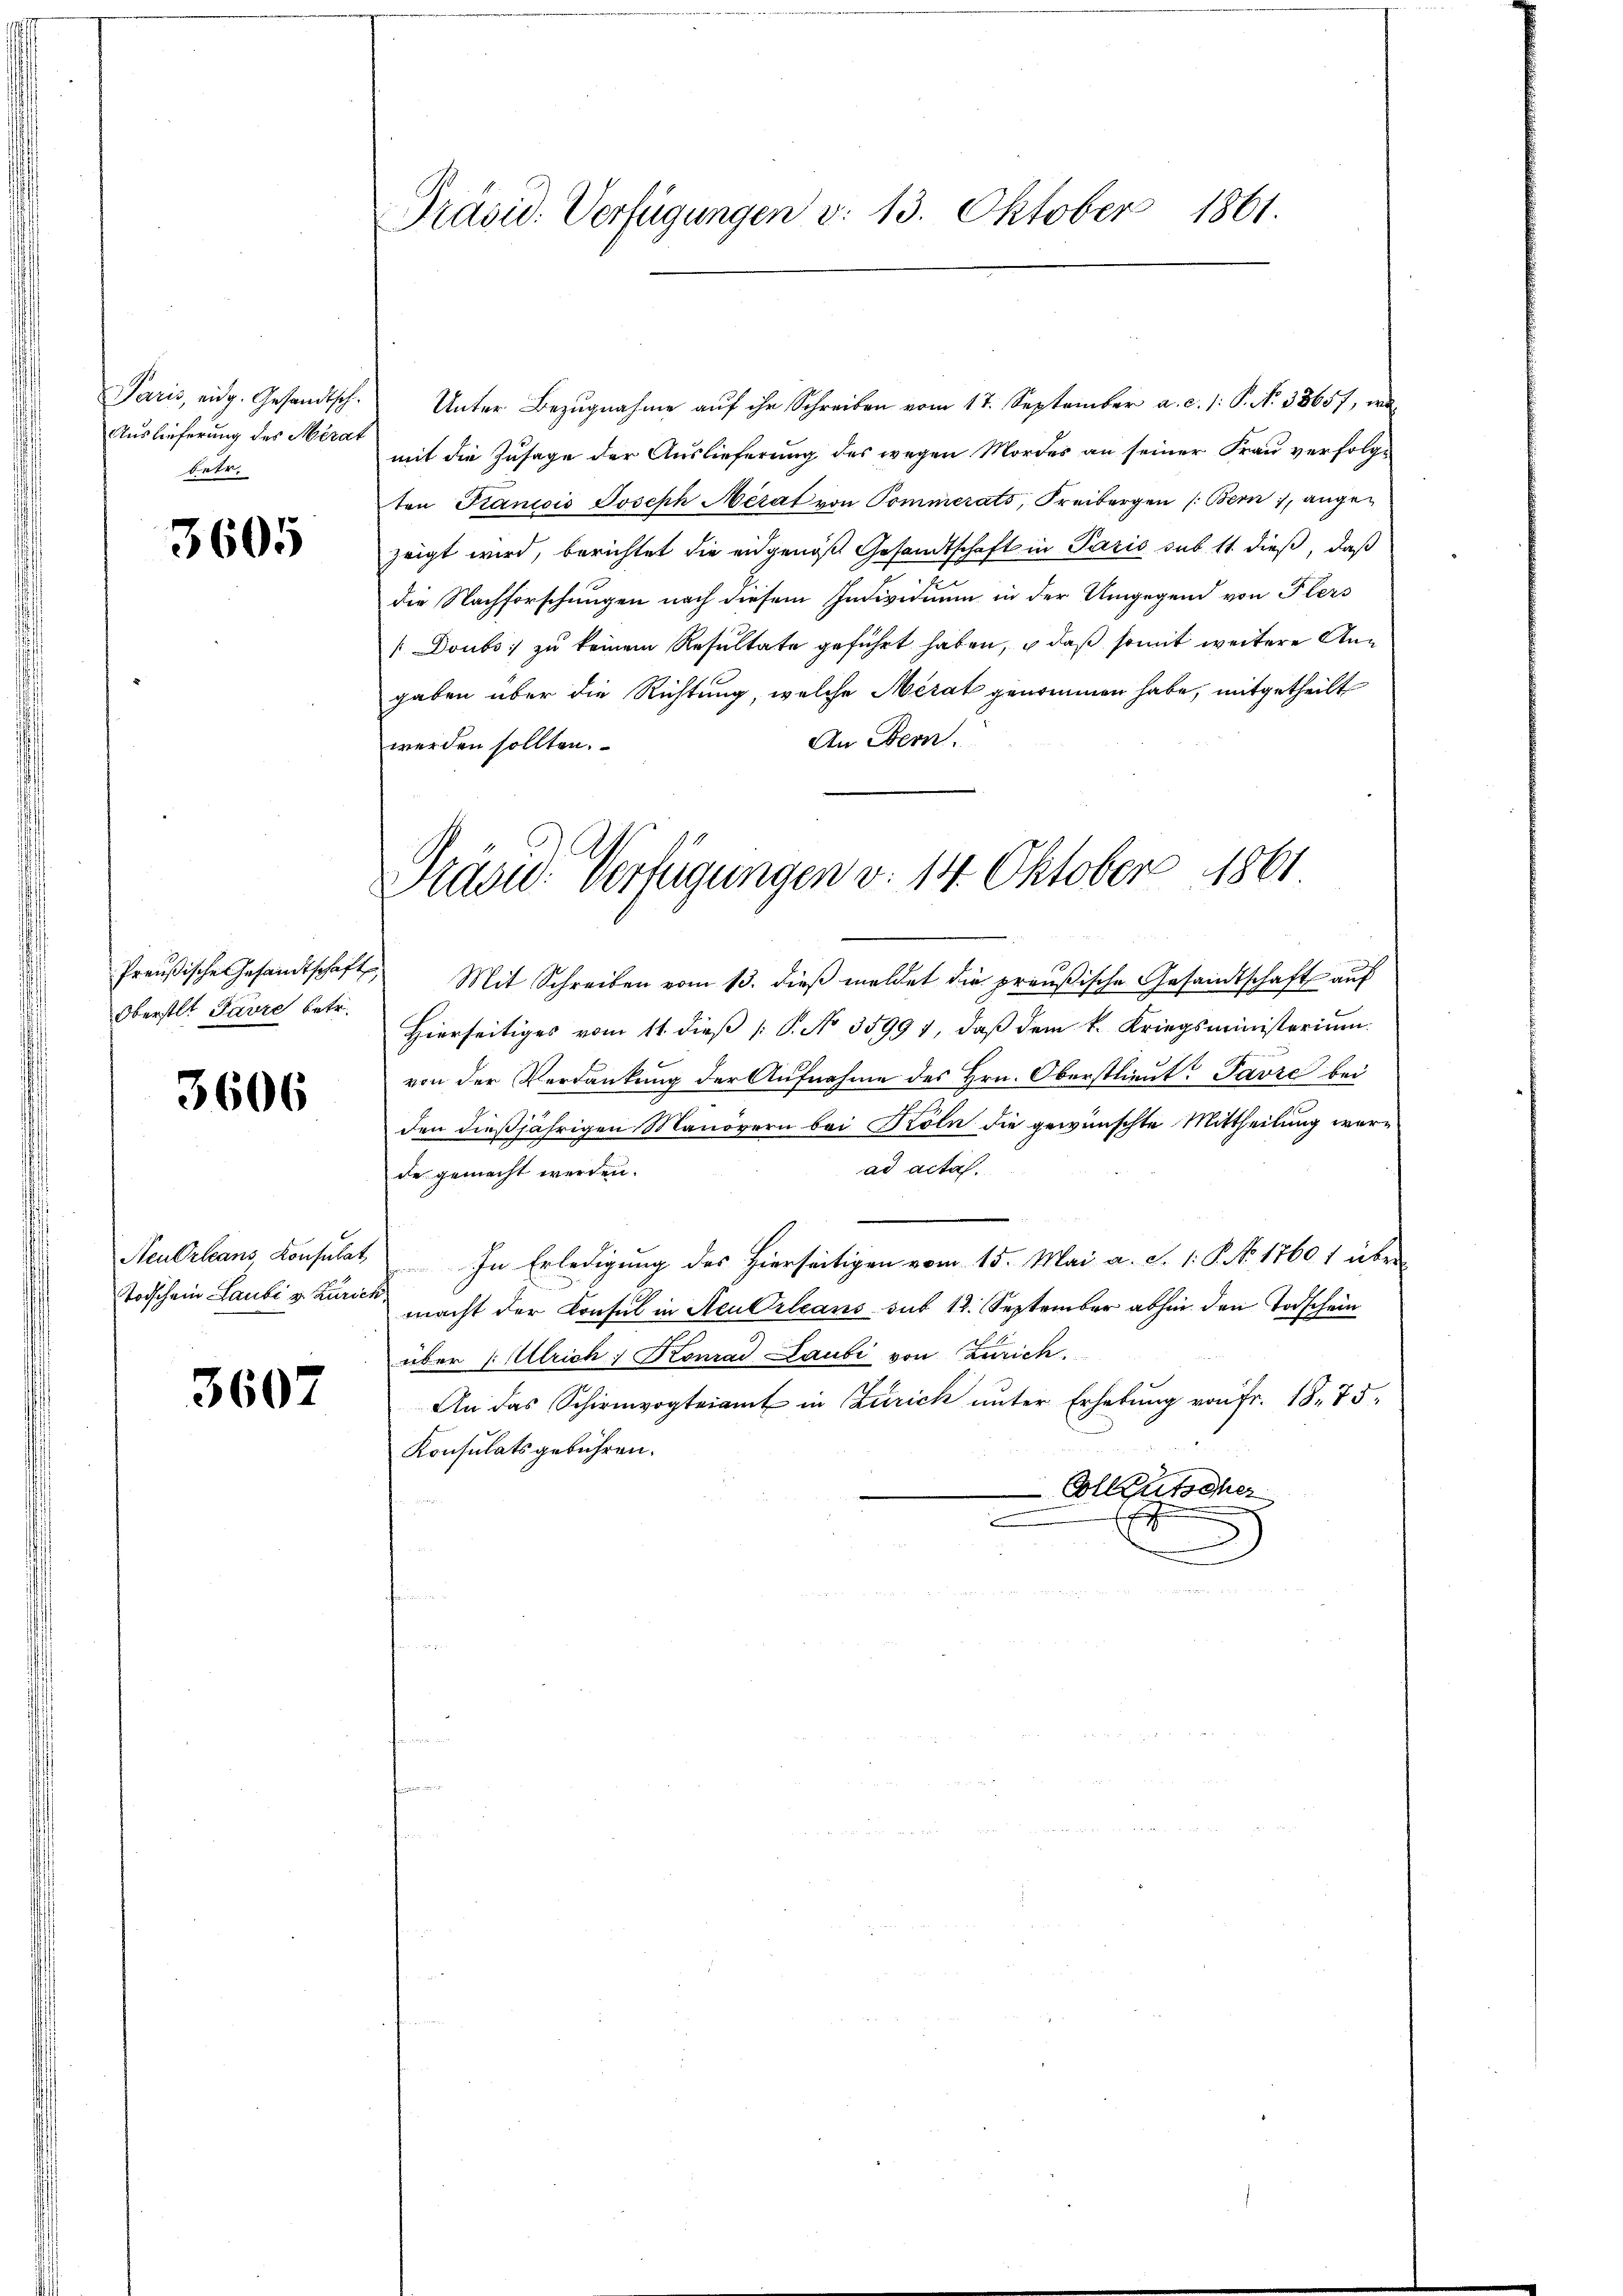
Auslieferung des Merat
betr.

3605

Oberstet Parre betr.

3606

Todschein Laubi v. Zürich

3607

Präsid. Verfügungen v. 13. Oktober 1861.

Paris, eidg. Gesandtsch. Unter Bezŭgnahme aŭf ihr Schreiben vom 17. September a. c. 1: P. N. 38657, we
mit die Zusage der Auslieferung des wegen Mordes an seiner Frau verfolge
ten Granicis Joseph Mérat von Pommerats, Freibergen (Bern, angezeigt wird, berichtet die eidgenoß Gesandtschaft in Paris sub 11. dieß, daß
die Nachforschungen nach diesem Individium in der Umgegend von Plers
[Doubs zu keinem Resultate geführt haben, daß somit weitere Angaben über die Richtung, welche Merat genommen habe, mitgetheilt
An Bern.
werden sollten.

Präsid. Verfügungen v. 14. Oktober 1861

Preußische Gesandtschaft Mit Schreiben vom 13. dieβ meldet die preußische Gesandtschaft auf
Hierseitiges vom 11. dieß P. No 35994, daß dem k. Kriegsministerium
von der Verdankung der Aufnahme des Hrn. Oberstlieut: Pavre bei
den dießjährigen Manövern bei Köln die gewünschte Mittheilung werad acta.
de gemacht werden.
Neu Orleans Konsulat In Erledigung des Hierseitigen vom 15. Mai a. S. 1: P. No 17601 über
macht der Konsul in Aeu Orleans sub 12. September abhin den Todschein
über 1. Ulrich, Konrad Laubi von Zürich
An das Schirmvogteiamt in Zürich unter Erhebung von Fr. 18. 75
Konsulatsgebühren.
Colleutscher